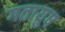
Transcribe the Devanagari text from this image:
गतायुष